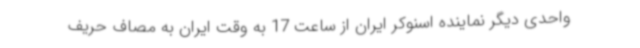
واحدی دیگر نماینده اسنوکر ایران از ساعت 17 به وقت ایران به مصاف حریف